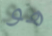
هو